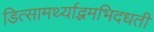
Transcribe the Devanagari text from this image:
डित्सामर्थ्याद्भमभिदधती